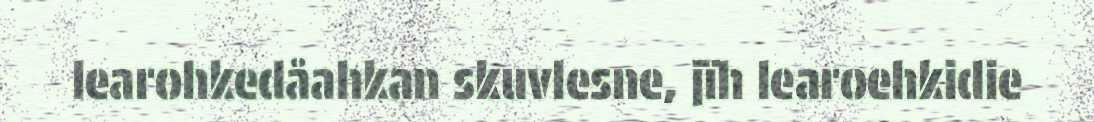
learohkedåahkan skuvlesne, jïh learoehkidie